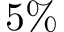
5 \%